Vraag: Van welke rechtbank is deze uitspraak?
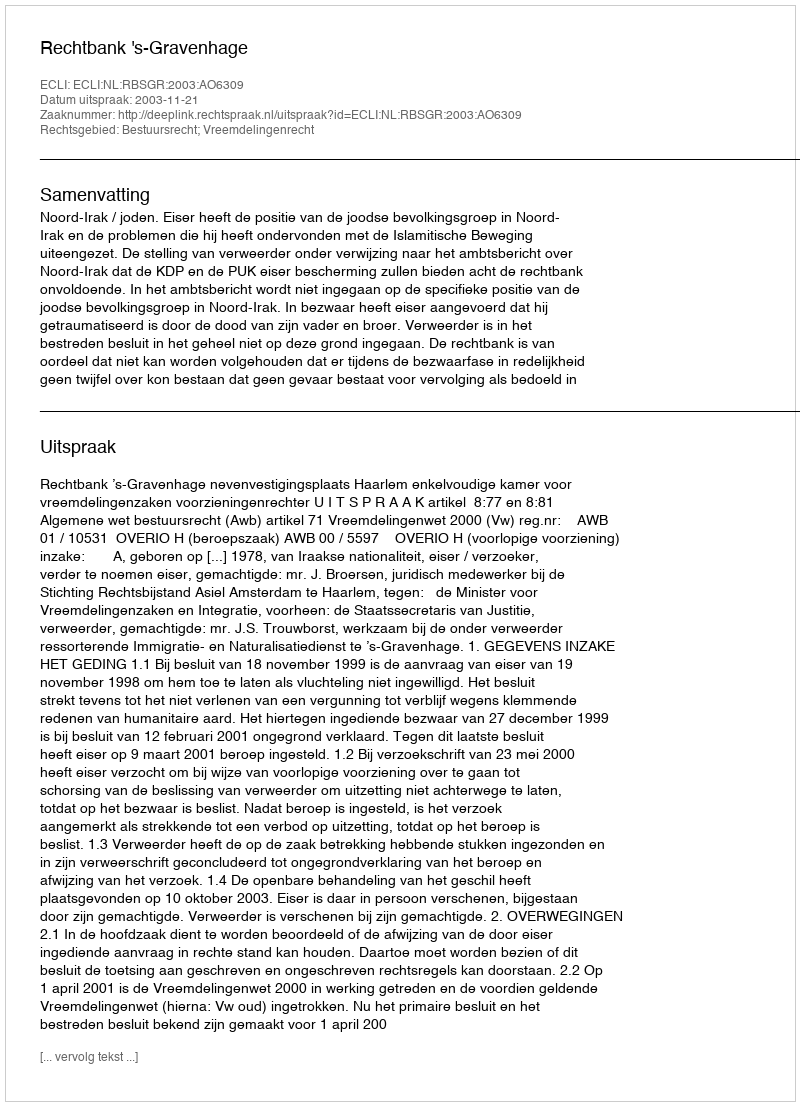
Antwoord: Rechtbank 's-Gravenhage